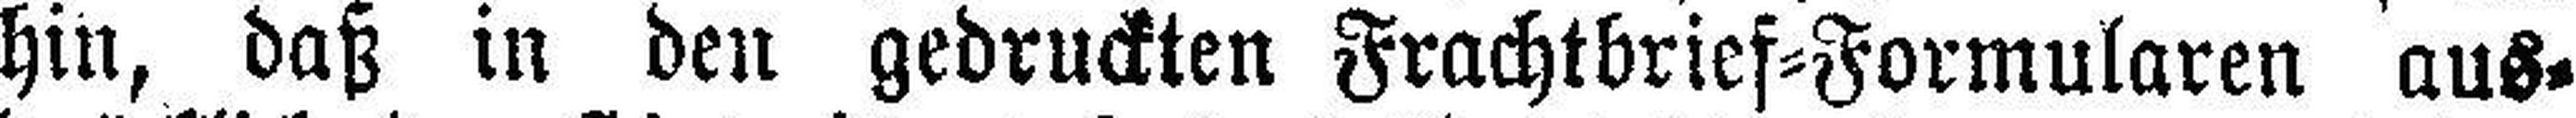
hin, daß in den gedruckten Frachtbrief=Formularen aus¬